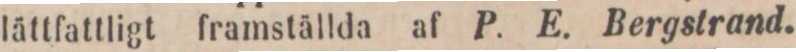
lättfattligt framställda af P. E. Bergstrand.